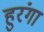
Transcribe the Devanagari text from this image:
हुरंगा